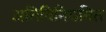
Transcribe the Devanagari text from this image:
अतिविनियमित